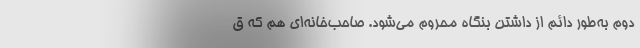
دوم به‌طور دائم از داشتن بنگاه محروم می‌شود. صاحب‌خانه‌ای هم که ق